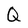
Character: Q